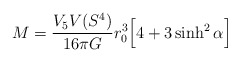
\begin{align*}M = \frac{V_5 V(S^{4})}{16 \pi G} r_0^{3}\Big[ 4 + 3 \sinh^2 \alpha \Big]\end{align*}